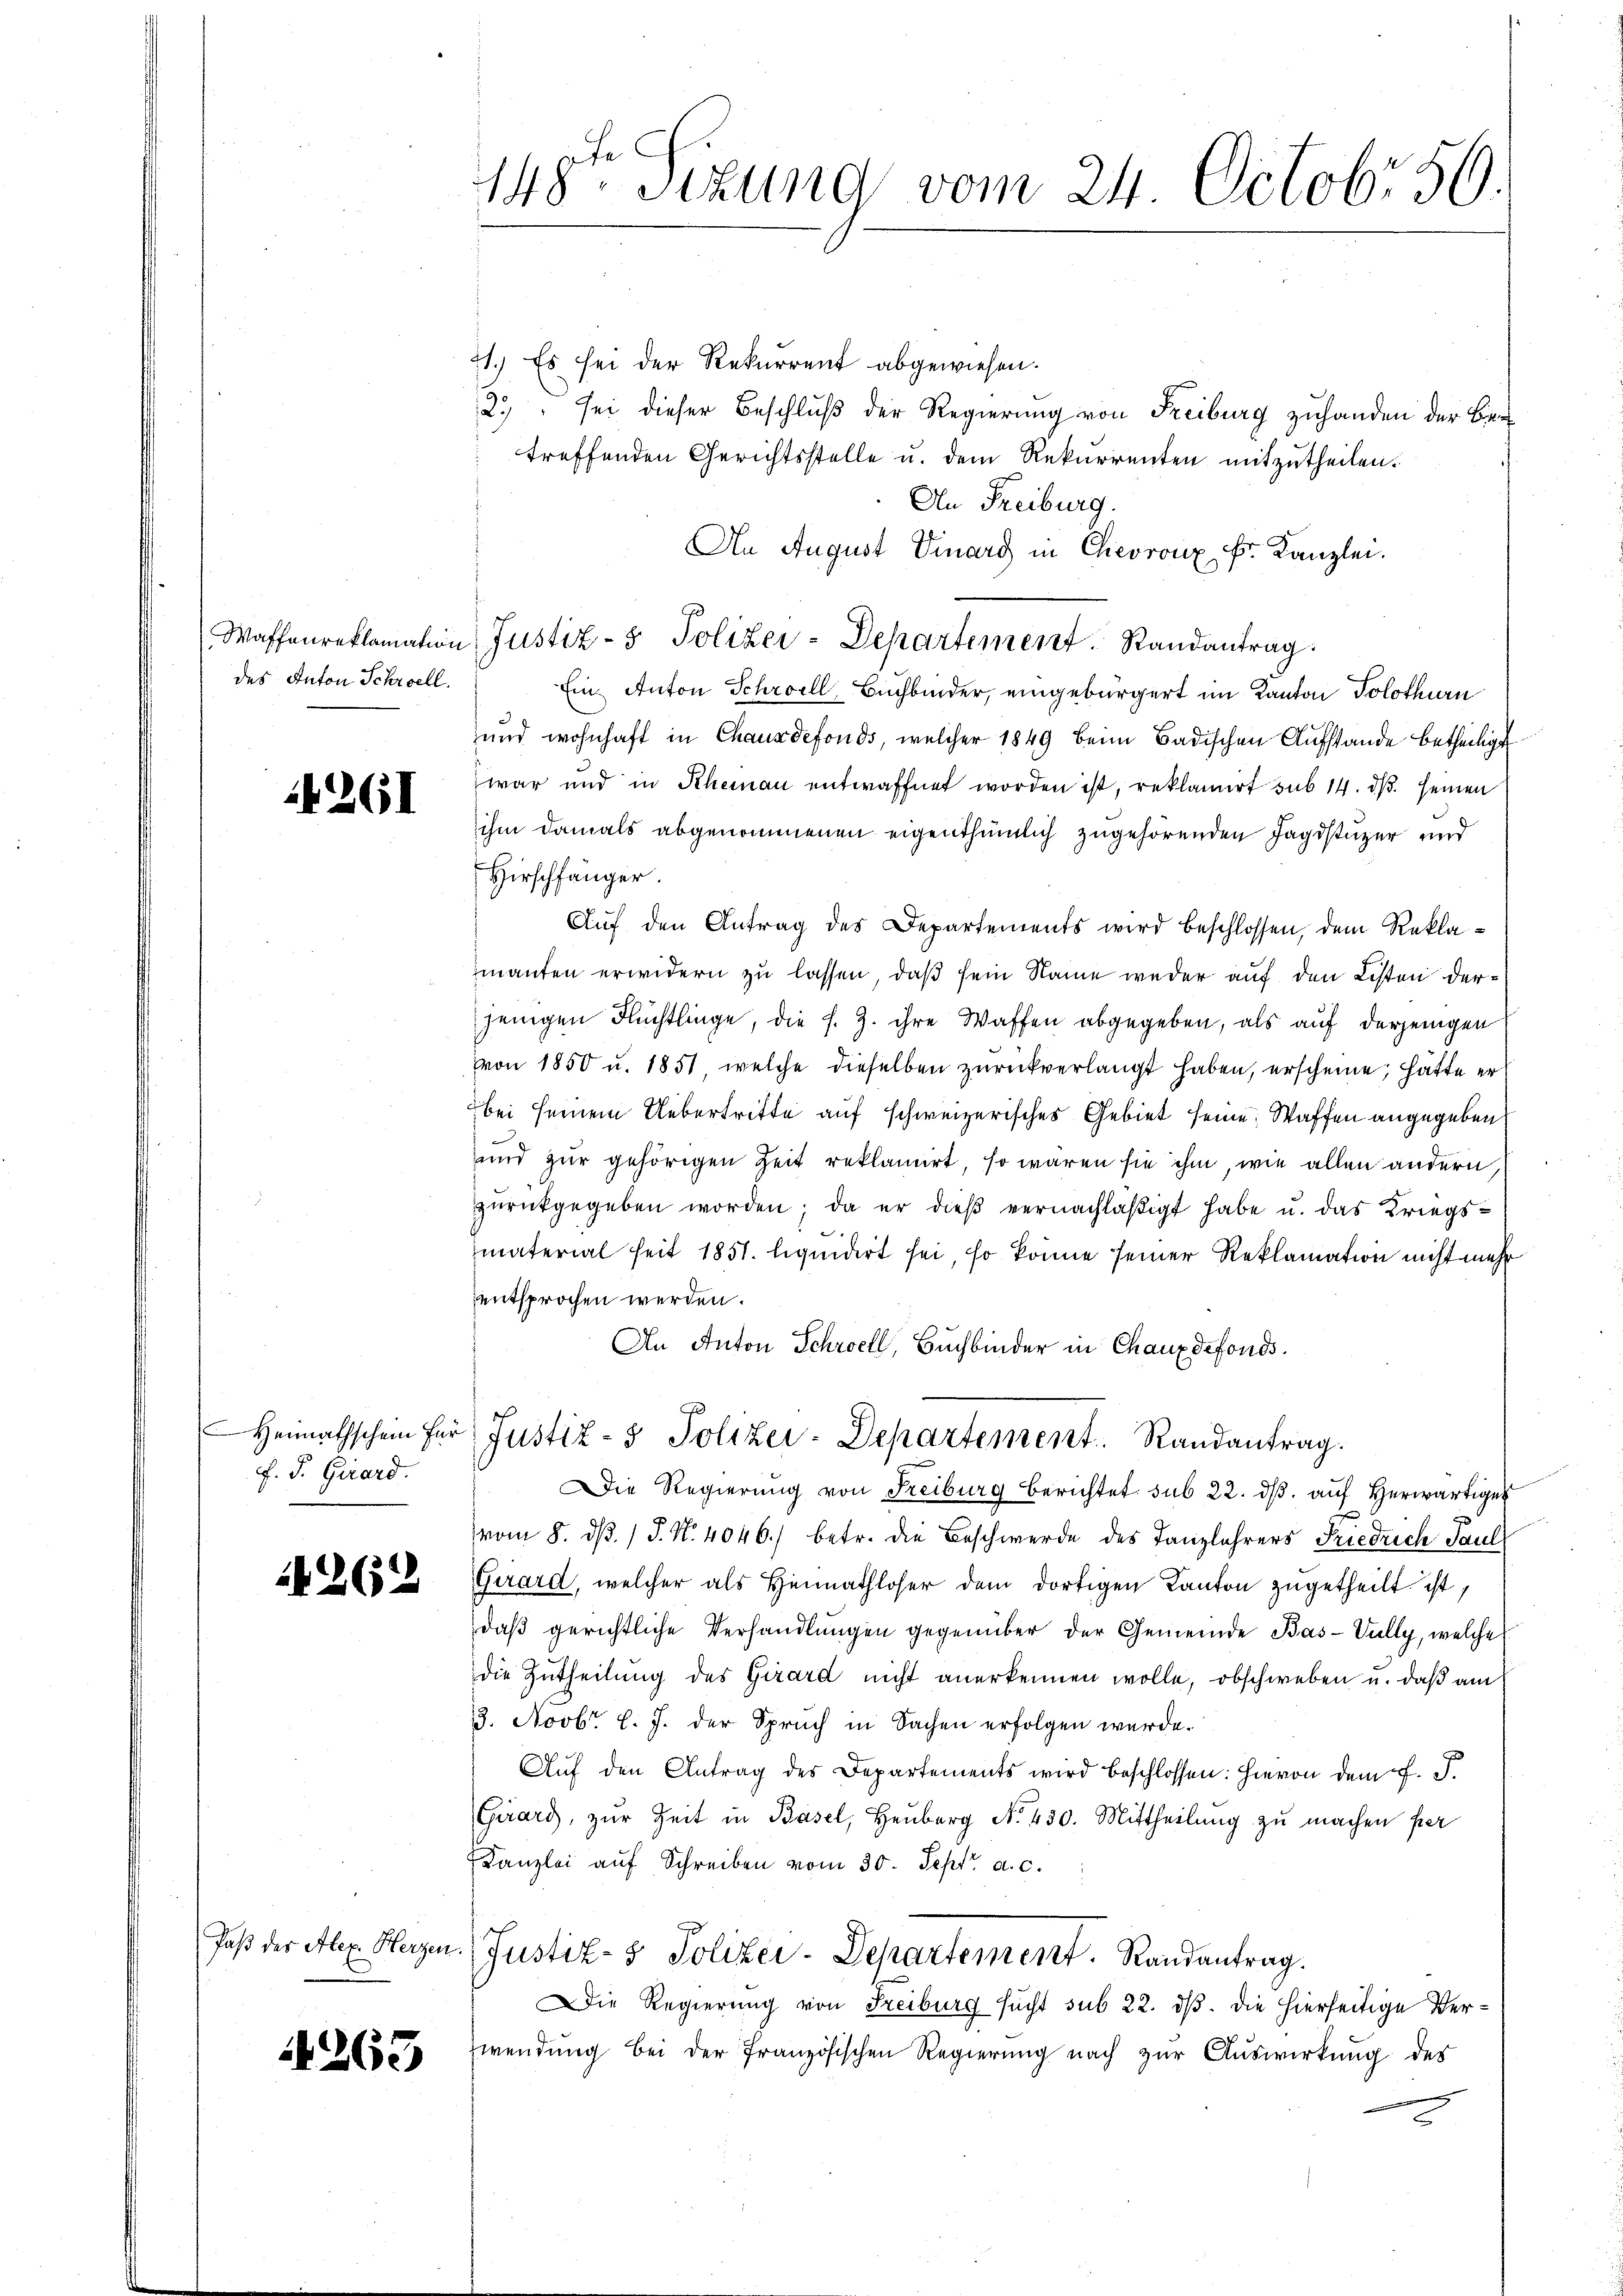
des Anton Schroell.

4261

F. S. Girard.

2262

4263

148ten Sizung vom 24. Octobr 59.

21.) Es sei der Rekurrent abgewiesen.
2." sei dieser Beschluß der Regierung von Freiburg zuhanden der Ber
treffenden Gerichtsstelle u. dem Rekurrenten mitzutheilen.
An Freiburg.
An August Vinarg in Chevronz Fr. Kanzlei.
Waffenreklamation Justiz- & Polizei-Departement. Randantrag
Ein Anton Schroell, Buchbinder, eingebürgert im Kanton Solothurn
und wohnhaft in Chauxdefonds, welcher 1849 beim Badischen Aufstande betheiligt
war und in Rheinau entwaffnet worden ist, reklamiert sub 14. ds. seinen
ihm damals abgenommenen eigenthümlich zugehörenden Jagdstuzer und
Hirschfänger.
Auf den Antrag des Departements wird beschlossen, dem Reklamanten erwidern zu lassen, daß sein Name weder auf den Listen derjenigen Flüchtlinge, die s. Z. ihre Waffen abgegeben, als auf derjenigen
von 1850 u. 1851 welche dieselben zurückverlangt haben, erscheine, hätte er
bei seinem Uebertritte auf schweizerisches Gebiet seine Waffen angegeben
und zur gehörigen Zeit reklamirt, so wären sie ihm, wie allen andern
zŭrückgegeben worden; da er dieβ vernachläβigt habe u. das Kriegs-
material seit 1851. liquidert sei, so könne seiner Reklamation nicht mehr
entsprochen werden.
An Anton Schwell, Buchbinder in Chauxdefonds.
Heimathschein für Justiz- & Polizei-Departement. Randantrag.
Die Regierung von Freiburg berichtet sub 22. dβ aŭf herwärtiger
vom 8. d. 1 P. Nr. 4046.) betr. die Beschwerde des Tanzlehrers Friedrich Paul
Girard, welcher als hinnathloser dem dortigen Kanton zugetheilt ist,
daβ gerichtliche Verhandlŭngen gegenüber der Gemeinde Bas-Vulty, welche
die Zutheilung des Girard nicht anerkennen wolle, obschweben u. daß am
3. Novbr. l. J. der Spruch in Sachen erfolgen werde.
Aŭf den Antrag des Departements wird beschlossen: hievon dem J. J.
Girard, zur Zeit in Basel, Heuberg No. 430. Mittheilung zu machen per
Kanzlei aŭf Schreiben vom 30. Sept. a. c.
Jaß der Alex. Herzen. (Justiz- & Polizei-Departement. Randantrag.
Die Regierung von Freiburg sucht sub 22. dß. die hierseitige Ver¬
Zwendung bei der französischen Regierung nach zur Auswirkung des